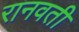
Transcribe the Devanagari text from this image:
रानवती